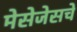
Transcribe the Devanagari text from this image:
मेसेजेसचे